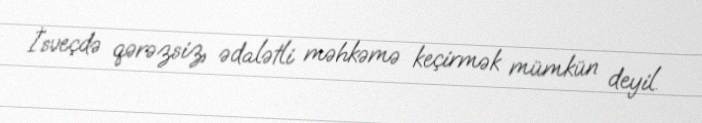
İsveçdə qərəzsiz, ədalətli məhkəmə keçirmək mümkün deyil.